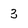
Character: 3